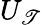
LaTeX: U_{\mathscr{T}}